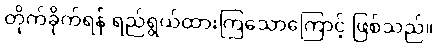
တိုက်ခိုက်ရန် ရည်ရွယ်ထားကြသောကြောင့် ဖြစ်သည်။